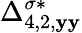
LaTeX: {\Delta}_{4,2,\mathbf{y}\mathbf{y}}^{\sigma*}